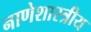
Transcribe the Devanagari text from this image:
नाणेशास्त्रीय